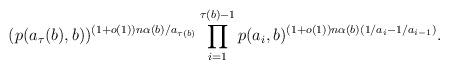
\begin{align*}(p(a_\tau(b),b))^{(1+o(1))n\alpha(b)/a_{\tau(b)}}\prod_{i=1}^{\tau(b)-1}p(a_i,b)^{(1+o(1))n\alpha(b)(1/a_i-1/a_{i-1})}.\end{align*}